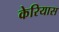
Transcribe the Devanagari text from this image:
केरियास